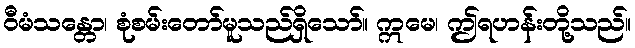
ဝီမံသန္တော၊ စုံစမ်းတော်မူသည်ရှိသော်။ ဣမေ၊ ဤရဟန်းတို့သည်။